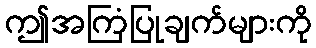
ဤအကြံပြုချက်များကို